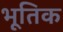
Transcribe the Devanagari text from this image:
भूतिक